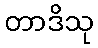
တာဒိသု